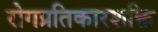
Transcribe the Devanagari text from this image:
रोगप्रतिकारशक्ति